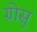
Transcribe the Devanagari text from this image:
ग्रोसु